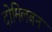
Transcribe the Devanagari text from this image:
दोमिलबन